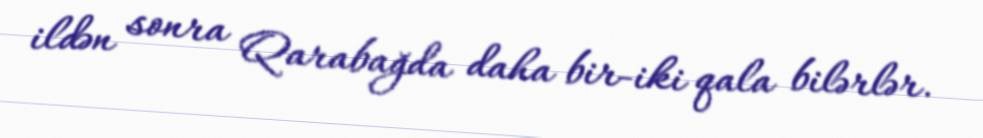
ildən sonra Qarabağda daha bir-iki qala bilərlər.